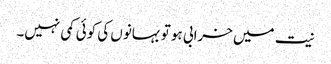
نیت میں خرابی ہو تو بہانوں کی کوئی کمی نہیں۔